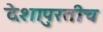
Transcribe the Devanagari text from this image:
देशापुरतीच